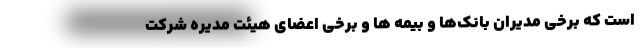
است که برخی مدیران بانک‌ها و بیمه ها و برخی اعضای هیئت مدیره شرکت